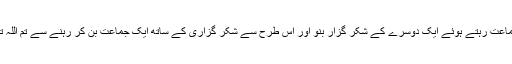
تو اس میں ایک یہ بھی نصیحت فرما دی کہ ایک جماعت رہتے ہوئے ایک دوسرے کے شکر گزار بنو اور اس طرح سے شکر گزاری کے ساتھ ایک جماعت بن کر رہنے سے تم اللہ تعالیٰ کی رحمتوں کو بھی جذب کرنے والے ہو گے۔